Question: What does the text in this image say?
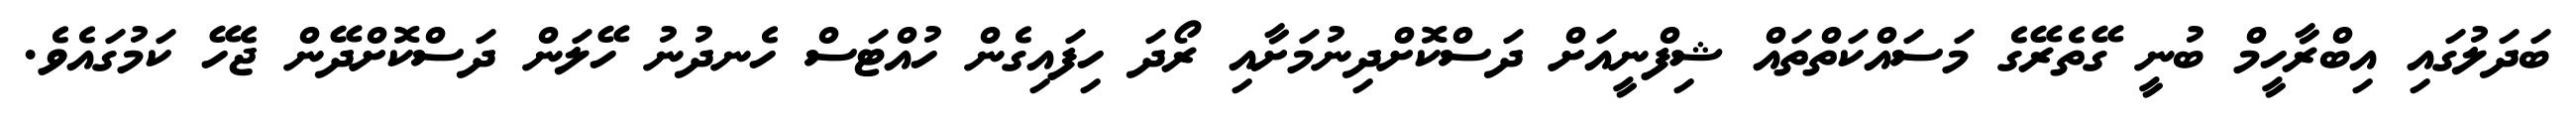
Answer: ބަދަލުގައި އިބްރާހީމް ބުނީ ގޭތެރޭގެ މަސައްކަތްތައް ޝިފްނީއަށް ދަސްކޮށްދިނުމަށާއި ރޯދަ ހިފައިގެން ހުއްޓަސް ހެނދުނު ހޭލަން ދަސްކޮށްދޭން ޖެހޭ ކަމުގައެވެ.